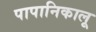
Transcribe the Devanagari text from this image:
पापानिकालू